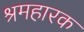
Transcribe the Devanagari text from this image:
श्रमहारक